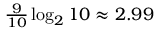
\textstyle { \frac { 9 } { 1 0 } } \log _ { 2 } { 1 0 } \approx 2 . 9 9